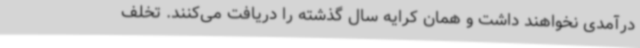
درآمدی نخواهند داشت و همان کرایه سال گذشته را دریافت می‌کنند. تخلف